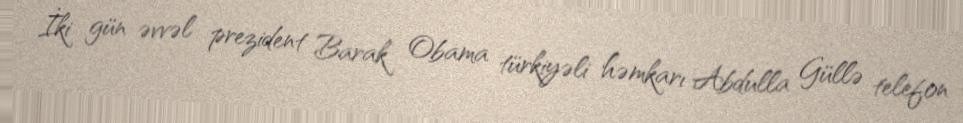
İki gün əvvəl prezident Barak Obama türkiyəli həmkarı Abdulla Güllə telefon